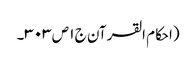
(احکام القرآن ج ١ ص ٣٠٣۔